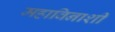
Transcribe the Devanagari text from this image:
महाविनाशी